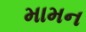
મામન